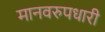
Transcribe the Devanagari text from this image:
मानवरुपधारी